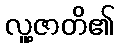
လူ့ဇာတိ၏